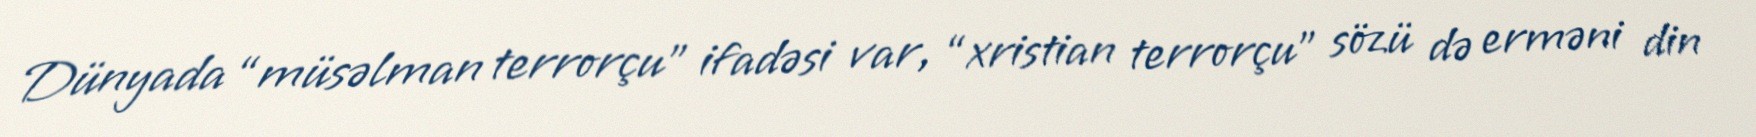
Dünyada “müsəlman terrorçu” ifadəsi var, “xristian terrorçu” sözü də erməni din